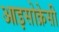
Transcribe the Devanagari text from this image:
आइसोक्रेसी